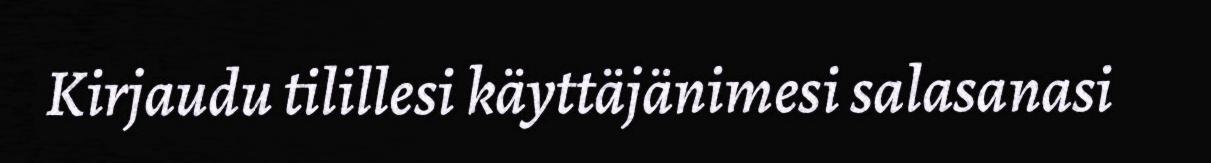
Kirjaudu tilillesi käyttäjänimesi salasanasi